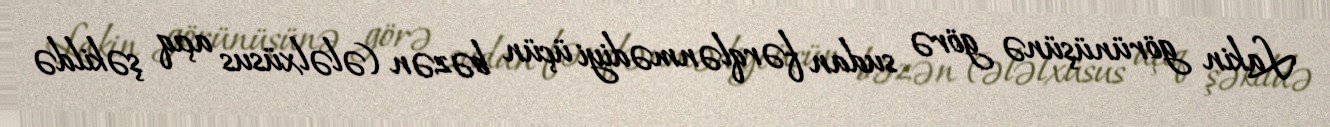
Lakin görünüşünə görə sudan fərqlənmədiyi üçün bəzən (ələlxüsus açıq şəkildə